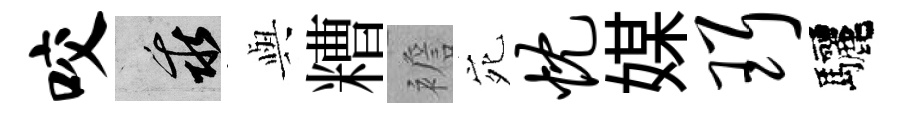
咬乖𫤰糟襜宛忱媒珥驅